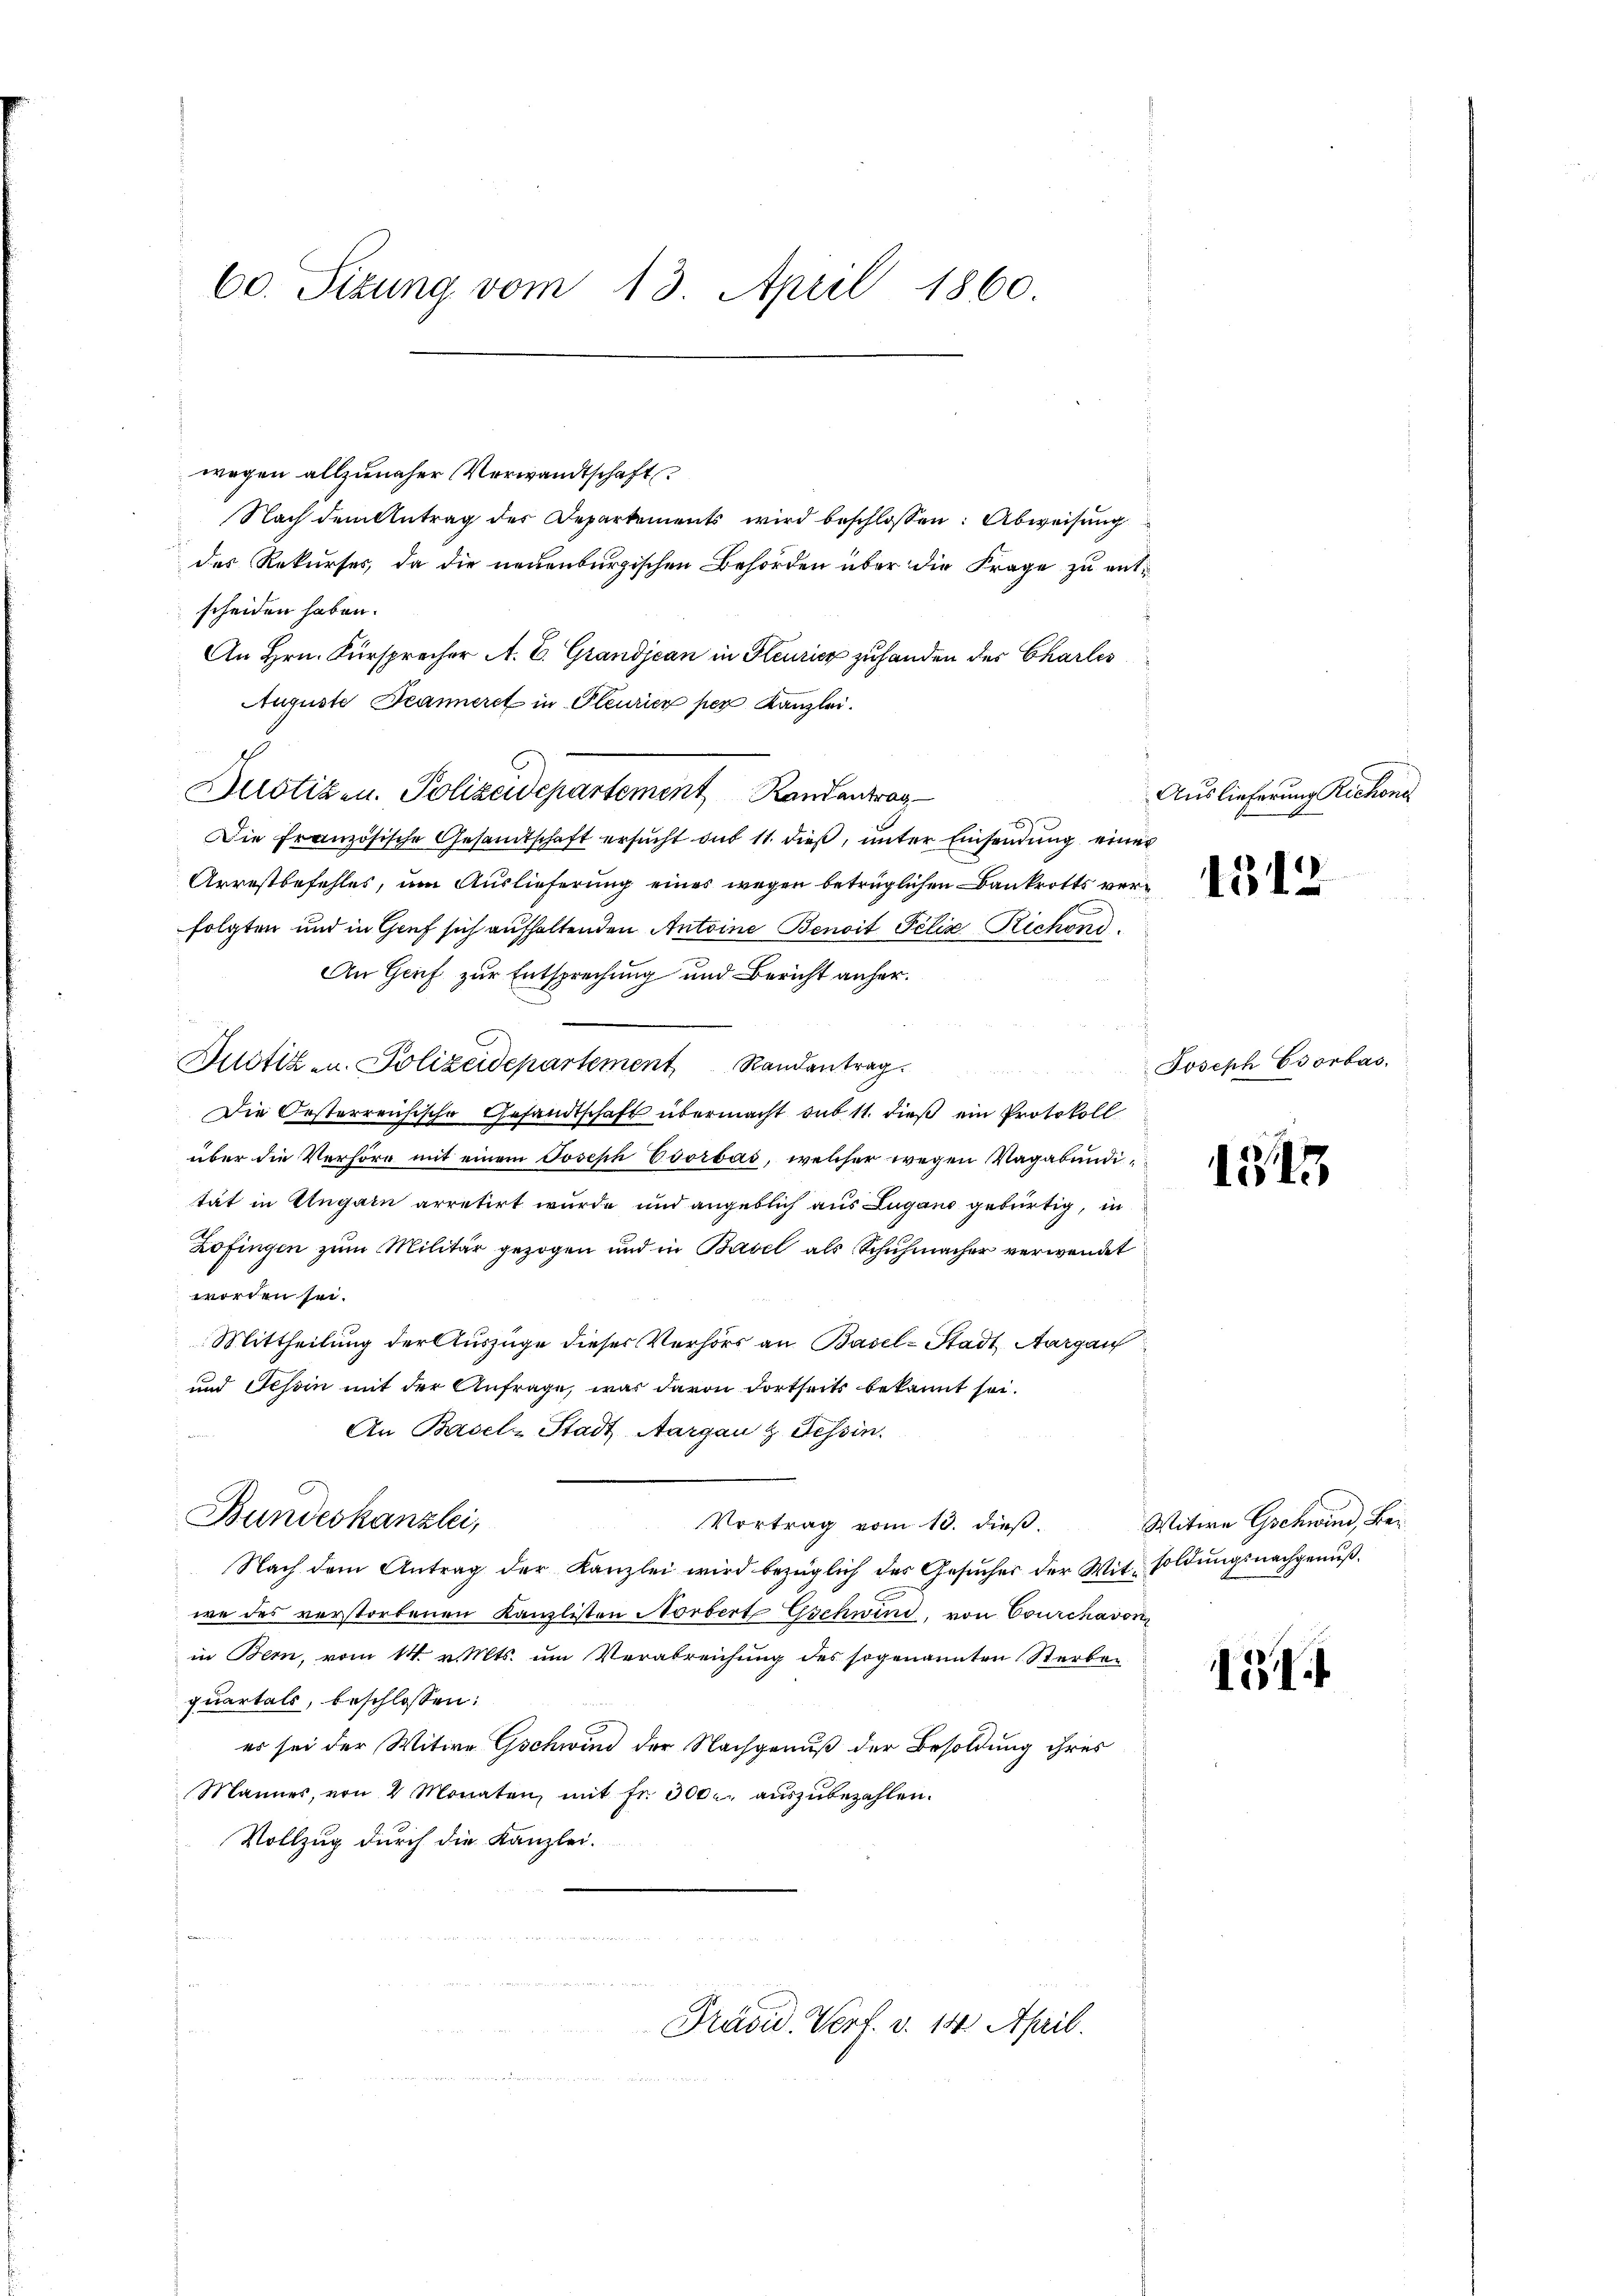
60. Sitzung vom 13. April 1860.

wegen allzuneher Verwandtschaft.
Nach dem Antrag der Departements wird beschlossen: Abweisung
des Rekurses, da die neuenburgischen Behörden über die Frage zu entscheiden haben.
An Hrn. Fürsprecher A. E. Grandjean in Heurier zuhanden der Charles
Auguste Deanneret in Pleurien per Kanzlei.
d
Motizen. Polizeidepartement Randantrag
Die Französische Gesandtschaft ersucht aus 11. dieß, unter Einsendung einer
Arrestbefehles, um Auslieferung eines wegen betrüglichen Bankrotts verfolgten und in Graf sich aufhaltenden Antoine Benoit Felix Richend
An Genf zur Entsprechung und Bericht anher¬
Justizen. Polizeidepartement Randantrag
Die Oesterreichische Gesandtschaft übermacht sub 11. dieß ein Protokoll
über die Verhöre mit einem Joseph Eoorbas, welcher wegen Vagabundität in Ungarn arretirt wurde und angeblich aus Lugano gebürtig, in
Zofingen zum Militär gezogen und in Basel als Schuhmacher verwendet
worden sei.
Mittheilung der Auszüge dieses Verhörs an Basel-Stadt Aargau
und Tessin mit der Anfrage, war davon dortseits bekannt sei.
An Basel-Stadt Aargau & Tessin.
Bundeskanzlei,
Vortrag vom 13. dieß.
Nach dem Antrag der Kanzlei wird bezüglich des Gesŭcher der Witsoldungsnachgenußwe des verstorbenen Kanzlisten Norbert Gschwind, von Courchavon
in Bern, vom 14. v. Mts. um Verabreichung des sogenannten Sterbequartals, beschlossen:
es sei der Witwe Gschwind der Nachgenuß der Besoldung ihres
Mannes, von 2 Monaten, mit fr. 300. aŭszŭbezahlen.
Vollzug durch die Kanzlei.

Präsid. Verf. v. 14. April.

Auslieferung Richone

1312

Joseph Csorbas.

1345

Witwe Gschwind, Bei

131